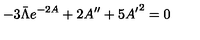
- 3 \bar { \Lambda } e ^ { - 2 A } + 2 A ^ { \prime \prime } + 5 { A ^ { \prime } } ^ { 2 } = 0